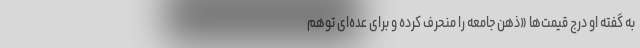
به گفته او درج قیمت‌ها «ذهن جامعه را منحرف کرده و برای عده‌ای توهم